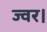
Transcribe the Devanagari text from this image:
ज्वर।